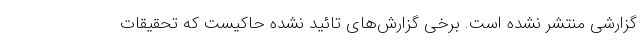
گزارشی منتشر نشده است. برخی گزارش‌های تائید نشده حاکیست که تحقیقات